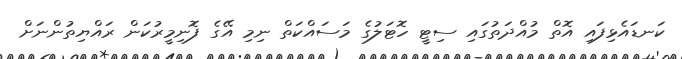
ކަނޑައެޅިފައި އޮތް މުއްދަތުގައި ސިޓީ ހޮޓަލުގެ މަސައްކަތް ނިމި އޭގެ ފޮނިމީރުކަން ރައްޔިތުންނަށް